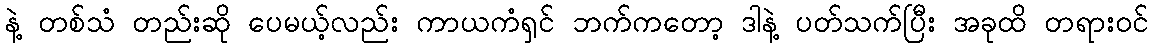
နဲ့ တစ်သံ တည်းဆို ပေမယ့်လည်း ကာယကံရှင် ဘက်ကတော့ ဒါနဲ့ ပတ်သက်ပြီး အခုထိ တရားဝင်